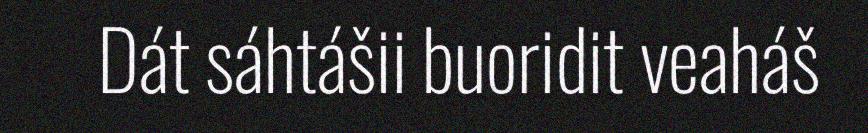
Dát sáhtášii buoridit veaháš